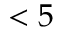
< 5